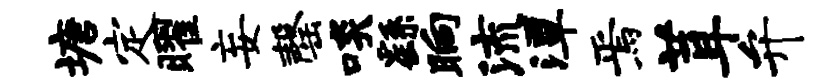
塘定曜妄罄啖繇晌流潭焉茸弁